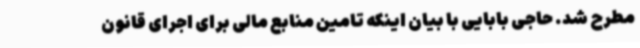
مطرح شد. حاجی بابایی با بیان اینکه تامین منابع مالی برای اجرای قانون